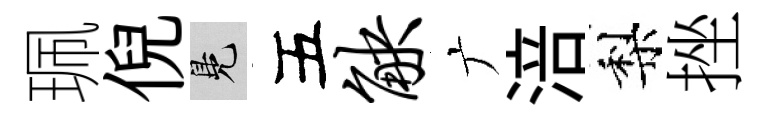
珮倪鳬五觖广涪梨挫